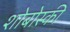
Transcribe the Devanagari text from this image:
शोबोस्की